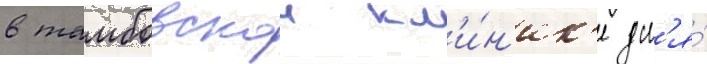
в тамбовскои кл'и́н'ик'е дл'я́